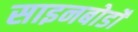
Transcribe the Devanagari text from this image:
साइनबोर्डों